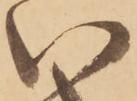
い